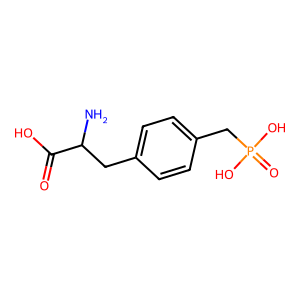
SMILES: NC(Cc1ccc(CP(=O)(O)O)cc1)C(=O)O
Inhibits HIV replication: No